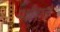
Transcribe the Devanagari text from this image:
पक्षीवाले